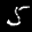
Label: 5